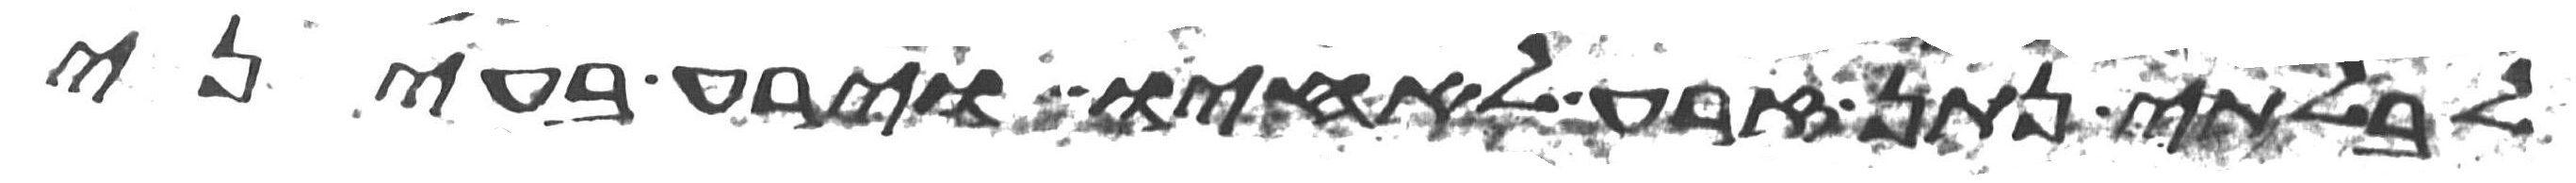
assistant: לבלתי נתן זרע לאחיו וירע בעיני